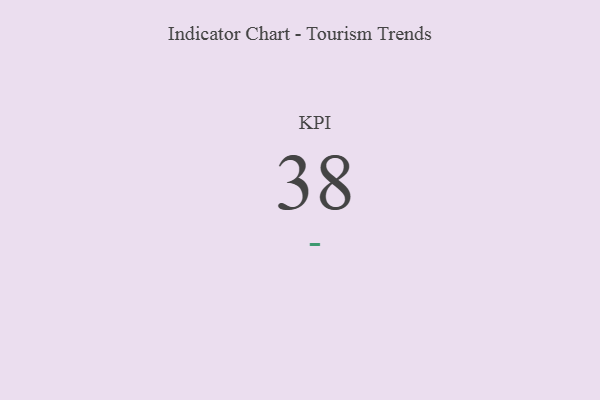
{"axis": {"x": "KPI", "y": "Value"}, "legend": [""], "data": [{"x": "KPI", "y": 38, "type": ""}]}